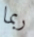
ربما